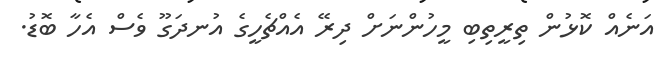
އަނެއް ކޮޅުން ތިރީތިބި މީހުންނަށް ދިރޭ އެއްޗެހީގެ އުނދަގޫ ވެސް އެހާ ބޮޑު.